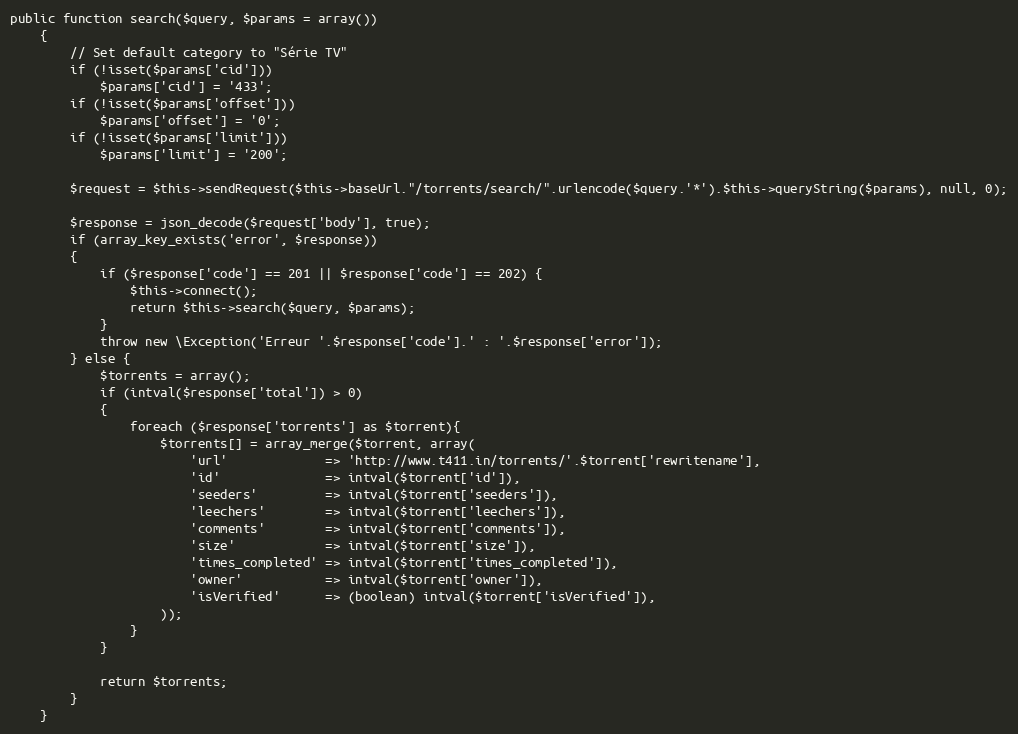
Language: PHP
public function search($query, $params = array())
	{
		// Set default category to "Série TV"
		if (!isset($params['cid']))
			$params['cid'] = '433';
		if (!isset($params['offset']))
			$params['offset'] = '0';
		if (!isset($params['limit']))
			$params['limit'] = '200';

		$request = $this->sendRequest($this->baseUrl."/torrents/search/".urlencode($query.'*').$this->queryString($params), null, 0);

		$response = json_decode($request['body'], true);
		if (array_key_exists('error', $response))
		{
			if ($response['code'] == 201 || $response['code'] == 202) {
				$this->connect();
				return $this->search($query, $params);
			}
			throw new \Exception('Erreur '.$response['code'].' : '.$response['error']);
		} else {
			$torrents = array();
			if (intval($response['total']) > 0)
			{
				foreach ($response['torrents'] as $torrent){
					$torrents[] = array_merge($torrent, array(
						'url'             => 'http://www.t411.in/torrents/'.$torrent['rewritename'],
						'id'              => intval($torrent['id']),
						'seeders'         => intval($torrent['seeders']),
						'leechers'        => intval($torrent['leechers']),
						'comments'        => intval($torrent['comments']),
						'size'            => intval($torrent['size']),
						'times_completed' => intval($torrent['times_completed']),
						'owner'           => intval($torrent['owner']),
						'isVerified'      => (boolean) intval($torrent['isVerified']),
					));
				}
			}

			return $torrents;
		}
	}